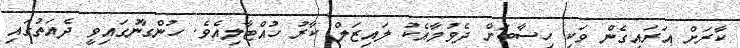
ކާރަށް އަރައިގެން ވަކި ހިސާބަށް ދެވުމާއެކު ލައިޒަލް ކާރު ހުއްޓާލިއެވެ. ހުންގާނުގައިވީ ދެއަތުގައި